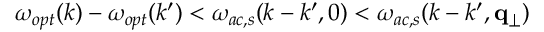
\omega _ { o p t } ( k ) - \omega _ { o p t } ( k ^ { \prime } ) < \omega _ { a c , s } ( k - k ^ { \prime } , 0 ) < \omega _ { a c , s } ( k - k ^ { \prime } , \mathbf { q } _ { \perp } )